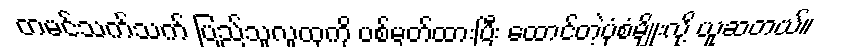
တမင်သက်သက် ပြည်သူလူထုကို ပစ်မှတ်ထားပြီး ထောင်တဲ့ပုံစံမျိုးလို့ ယူဆတယ်။